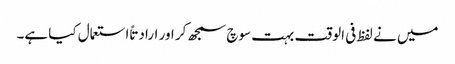
میں نے لفظ فی الوقت بہت سوچ سمجھ کر اور ارادتاً استعمال کیا ہے۔